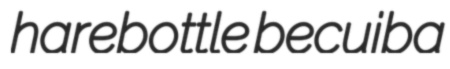
harebottle becuiba